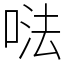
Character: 𠵽